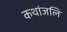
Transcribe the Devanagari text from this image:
कथांजलि